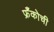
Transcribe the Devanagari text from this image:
फ्रँकोची